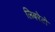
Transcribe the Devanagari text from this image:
लिबरेटो